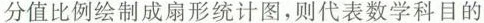
分值比例绘制成扇形统计图，则代表数学科目的